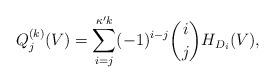
LaTeX: \begin{align*}Q_j^{(k)} (V) = \sum_{i=j}^{\kappa' k} (-1)^{i-j} { i \choose j } H_{D_i}(V), \end{align*}